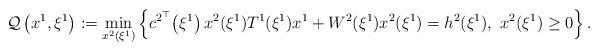
LaTeX: \begin{align*}\mathcal{Q}\left({x^1},\xi^{1}\right) := \min_{{x^2}(\xi^{1})}\left\{ c^{{2}^{\top}}\!\left(\xi^{1}\right) {x^2}(\xi^{1}) T^1(\xi^{1}){x^1} + W^2(\xi^{1}) x^2(\xi^{1})= h^2(\xi^{1}),\ {x^2}(\xi^{1})\geq 0 \right\}.\end{align*}